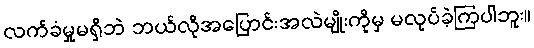
လက်ခံမှုမရှိဘဲ ဘယ်လိုအပြောင်းအလဲမျိုးကိုမှ မလုပ်ခဲ့ကြပါဘူး။